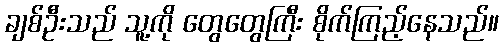
ချစ်ဦးသည် သူ့ကို တွေတွေကြီး စိုက်ကြည့်နေသည်။